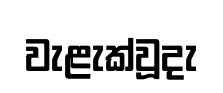
වැළැක්වූදැ